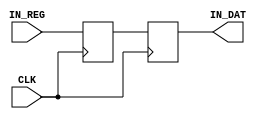
module ex_in_reg( CLK, IN_REG, IN_DAT);
parameter	in_width = 7;
input			CLK;
input	 [in_width:0]	IN_REG;
output	 reg	[in_width:0]	IN_DAT;
reg		 [in_width:0]	meta_reg;
	always @(posedge CLK)
		begin
			meta_reg <= IN_REG;
			IN_DAT   <= meta_reg;
		end
endmodule